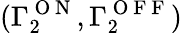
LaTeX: (\Gamma_{2}^{\mathrm{~O~N~}},\Gamma_{2}^{\mathrm{~O~F~F~}})